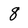
Character: 8